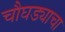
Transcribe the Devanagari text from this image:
चौघड्याचा